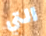
التي